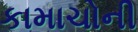
કામાચોની